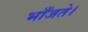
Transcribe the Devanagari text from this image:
भाँजते।